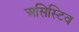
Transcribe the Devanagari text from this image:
असिस्टिव